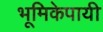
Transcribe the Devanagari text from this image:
भूमिकेपायी